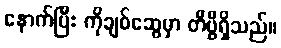
နောက်ပြီး ကိုချစ်ဆွေမှာ တီဗွီရှိသည်။